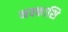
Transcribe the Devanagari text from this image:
नक्काशि